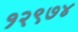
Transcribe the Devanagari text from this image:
१२९७४